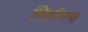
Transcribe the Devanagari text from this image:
विहीरच